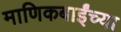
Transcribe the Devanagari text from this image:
माणिकबाईंच्या